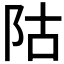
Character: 𱀆